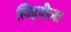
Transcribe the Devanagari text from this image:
लिहवीला